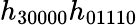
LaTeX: h_{30000}h_{01110}